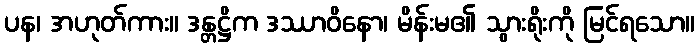
ပန၊ အဟုတ်ကား။ ဒန္တဋ္ဌိက ဒဿာဝိနော၊ မိန်းမ၏ သွားရိုးကို မြင်ရသော။